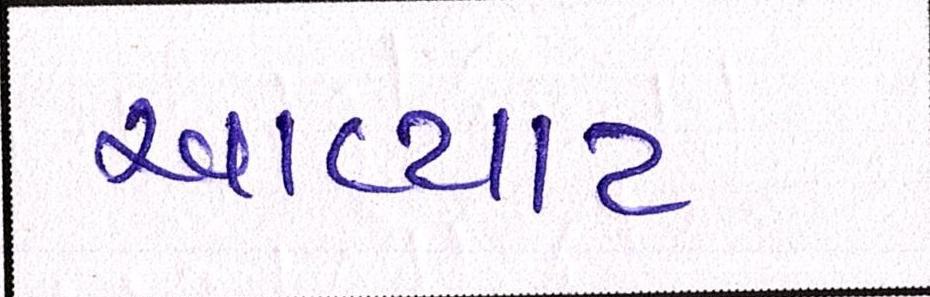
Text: આવ્યાટ